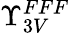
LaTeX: \Upsilon_{3V}^{FFF}